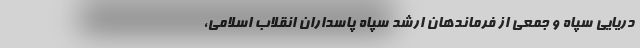
دریایی سپاه و جمعی از فرماندهان ارشد سپاه پاسداران انقلاب اسلامی،